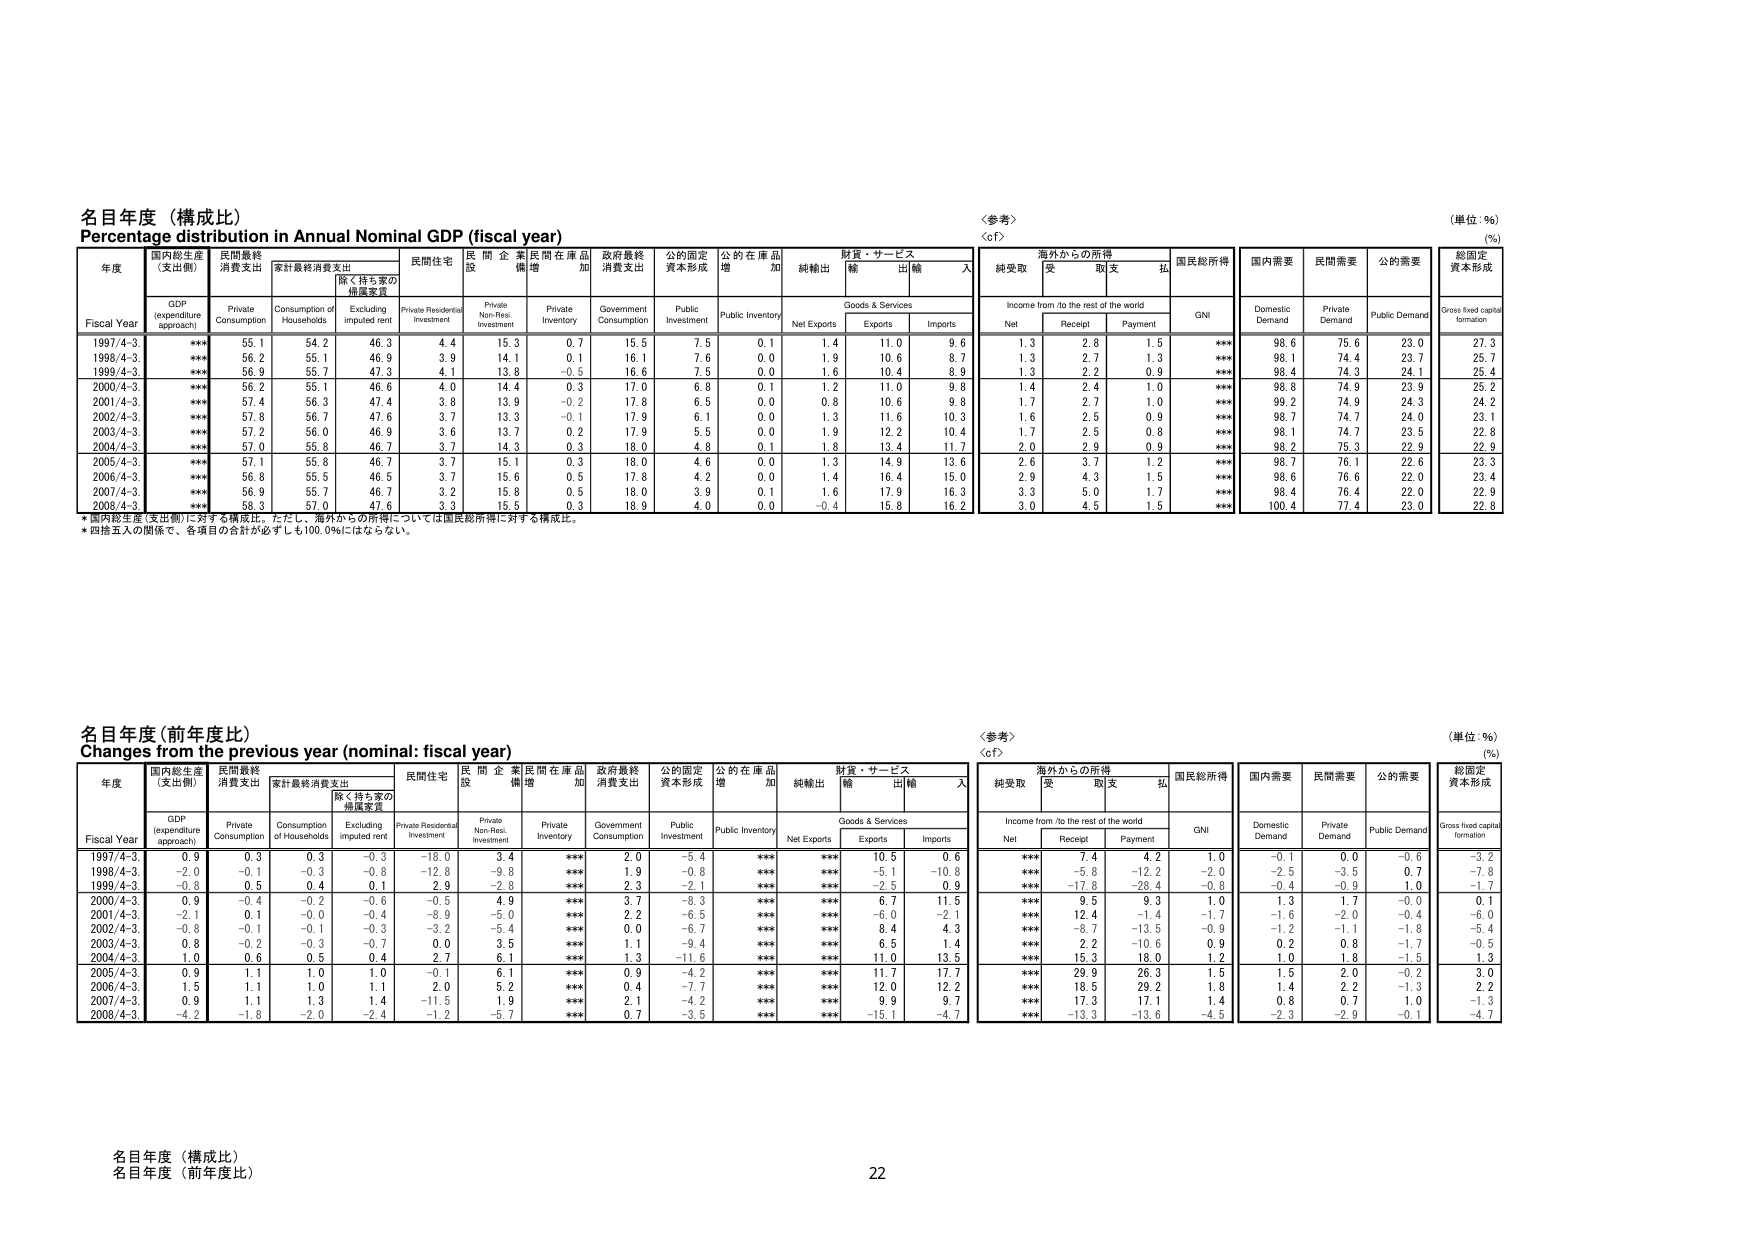
名目年度（構成比）
Percentage distribution in Annual Nominal GDP (fiscal year)
〈参考〉
〈of〉
（単位：％）
（％）

年度
国内総生産（支出側）
民間最終消費支出
家計最終消費支出
除く持ち家の帰属家賃
民間住宅
民間企業
民間在庫品増加
政府最終消費支出
公的固定資本形成
公的在庫品増加
純輸出
財貨・サービス
海外からの所得
国民総所得
国内需要
民間需要
公的需要
総固定資本形成

Fiscal Year
GDP (expenditure approach)
Private Consumption
Consumption of Households
Excluding imputed rent
Private Residential Investment
Private Non-Res. Investment
Private Inventory
Government Consumption
Public Investment
Public Inventory
Net Exports
Goods & Services
Income from /to the rest of the world
GNI
Domestic Demand
Private Demand
Public Demand
Gross fixed capital formation

1997/4-3
***
55.1
54.2
46.3
4.4
15.3
0.7
15.5
7.5
0.1
1.4
11.0
9.6
1.3
2.8
1.5
***
98.6
75.6
23.0
27.3

1998/4-3
***
56.2
55.1
46.9
3.9
14.1
0.1
16.1
7.6
0.0
1.9
10.6
8.7
1.3
2.7
1.3
***
98.1
74.4
23.7
25.7

1999/4-3
***
56.9
55.7
47.3
4.1
13.8
-0.5
16.6
7.5
0.0
1.6
10.4
8.9
1.3
2.2
0.9
***
98.4
74.3
24.1
25.4

2000/4-3
***
56.2
55.1
46.6
4.0
14.4
0.3
17.0
6.8
0.1
1.2
11.0
9.8
1.4
2.4
1.0
***
98.8
74.9
23.9
25.2

2001/4-3
***
57.4
56.3
47.4
3.8
13.9
-0.2
17.8
6.5
0.0
0.8
10.6
9.8
1.7
2.7
1.0
***
99.2
74.9
24.3
24.2

2002/4-3
***
57.8
56.7
47.6
3.7
13.3
-0.1
17.9
6.1
0.0
1.3
11.6
10.3
1.6
2.5
0.9
***
98.7
74.7
24.0
23.1

2003/4-3
***
57.2
56.0
46.9
3.6
13.7
0.2
17.9
5.5
0.0
1.9
12.2
10.4
1.7
2.5
0.8
***
98.1
74.7
23.5
22.8

2004/4-3
***
57.0
55.8
46.7
3.7
14.3
0.3
18.0
4.8
0.1
1.8
13.4
11.7
2.0
2.9
0.9
***
98.2
75.3
22.9
22.9

2005/4-3
***
57.1
55.8
46.7
3.7
15.1
0.3
18.0
4.6
0.0
1.3
14.9
13.6
2.6
3.7
1.2
***
98.7
76.1
22.6
23.3

2006/4-3
***
56.8
55.5
46.5
3.7
15.6
0.5
17.8
4.2
0.0
1.4
16.4
15.0
2.9
4.3
1.5
***
98.6
76.6
22.0
23.4

2007/4-3
***
56.9
55.7
46.7
3.2
15.8
0.5
18.0
3.9
0.1
1.6
17.9
16.3
3.3
5.0
1.7
***
98.4
76.4
22.0
22.9

2008/4-3
***
58.3
57.0
47.6
3.3
15.5
0.3
18.9
4.0
0.0
-0.4
15.8
16.2
3.0
4.5
1.5
***
100.4
77.4
23.0
22.8

* 国内総生産（支出側）に対する構成比。ただし、海外からの所得については国民総所得に対する構成比。
* 四捨五入の関係で、各項目の合計が必ずしも100.0％にはならない。

名目年度（前年度比）
Changes from the previous year (nominal: fiscal year)
〈参考〉
〈of〉
（単位：％）
（％）

年度
国内総生産（支出側）
民間最終消費支出
家計最終消費支出
除く持ち家の帰属家賃
民間住宅
民間企業
民間在庫品増加
政府最終消費支出
公的固定資本形成
公的在庫品増加
純輸出
財貨・サービス
海外からの所得
国民総所得
国内需要
民間需要
公的需要
総固定資本形成

Fiscal Year
GDP (expenditure approach)
Private Consumption
Consumption of Households
Excluding imputed rent
Private Residential Investment
Private Non-Res. Investment
Private Inventory
Government Consumption
Public Investment
Public Inventory
Net Exports
Goods & Services
Income from /to the rest of the world
GNI
Domestic Demand
Private Demand
Public Demand
Gross fixed capital formation

1997/4-3
0.9
0.3
0.3
-0.3
-18.0
3.4
***
2.0
-5.4
***
***
10.5
0.6
***
7.4
4.2
1.0
-0.1
0.0
-0.6
-3.2

1998/4-3
-2.0
-0.1
-0.3
-0.8
-12.8
-9.8
***
1.9
-0.8
***
***
-5.1
-10.8
***
-5.8
-12.2
-2.0
-2.5
-3.5
0.7
-7.8

1999/4-3
-0.8
0.5
0.4
0.1
2.9
-2.8
***
2.3
-2.1
***
***
-2.5
0.9
***
-17.8
-28.4
-0.8
-0.4
-0.9
1.0
-1.7

2000/4-3
0.9
-0.4
-0.2
-0.6
-0.5
4.9
***
3.7
-8.3
***
***
6.7
11.5
***
9.5
9.3
1.0
1.3
1.7
-0.0
0.1

2001/4-3
-2.1
0.1
-0.0
-0.4
-8.9
-5.0
***
2.2
-6.5
***
***
-6.0
-2.1
***
12.4
-1.4
-1.7
-1.6
-2.0
-0.4
-6.0

2002/4-3
-0.8
-0.1
-0.1
-0.3
-3.2
-5.4
***
0.0
-6.7
***
***
8.4
4.3
***
-8.7
-13.5
-0.9
-1.2
-1.1
-1.8
-5.4

2003/4-3
0.8
-0.2
-0.3
-0.7
0.0
3.5
***
1.1
-9.4
***
***
6.5
1.4
***
2.2
-10.6
0.9
0.2
0.8
-1.7
-0.5

2004/4-3
1.0
0.6
0.5
0.4
2.7
6.1
***
1.3
-11.6
***
***
11.0
13.5
***
15.3
18.0
1.2
1.0
1.8
-1.5
1.3

2005/4-3
0.9
1.1
1.0
1.0
-0.1
6.1
***
0.9
-4.2
***
***
11.7
17.7
***
29.9
26.3
1.5
1.5
2.0
-0.2
3.0

2006/4-3
1.5
1.1
1.0
1.1
2.0
5.2
***
0.4
-7.7
***
***
12.0
12.2
***
18.5
29.2
1.8
1.4
2.2
-1.3
2.2

2007/4-3
0.9
1.1
1.3
1.4
-11.5
1.9
***
2.1
-4.2
***
***
9.9
9.7
***
17.3
17.1
1.4
0.8
0.7
1.0
-1.3

2008/4-3
-4.2
-1.8
-2.0
-2.4
-1.2
-5.7
***
0.7
-3.5
***
***
-15.1
-4.7
***
-13.3
-13.6
-4.5
-2.3
-2.9
-0.1
-4.7

名目年度（構成比）
名目年度（前年度比）
22